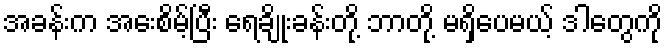
အခန်းက အေးစိမ့်ပြီး ရေချိုးခန်းတို့ ဘာတို့ မရှိပေမယ့် ဒါတွေကို